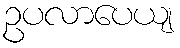
ဥပလာပေယျ